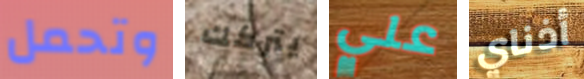
وتحمل يتركك علي أذناي